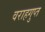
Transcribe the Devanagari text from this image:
वराहगुप्त